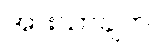
အားသာချက်